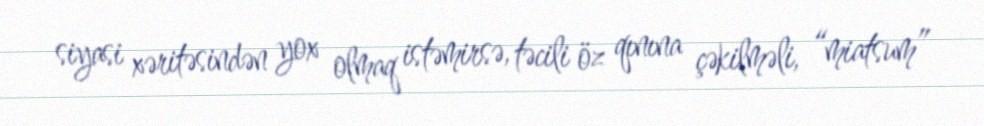
siyasi xəritəsindən yox olmaq istəmirsə, təcili öz qınına çəkilməli, “miatsum”